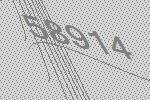
58914